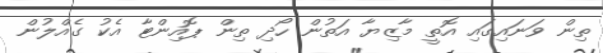
ތިން ވަނައިގައި އޮތީ މާޒިޔާ އަތުން ހޯދި ތިން ޕޮއިންޓާ އެކު ގެއްލުން